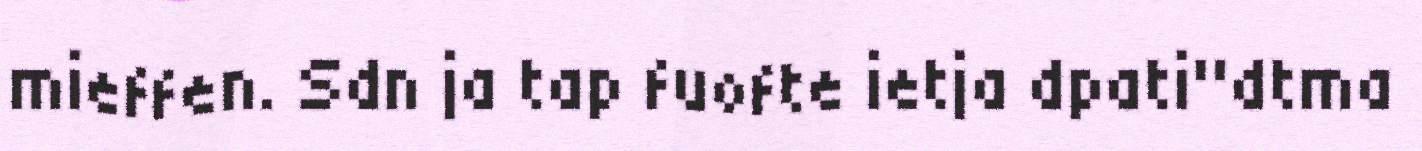
mieffen. Sdn ja tap fuofte ietja dpati"dtma